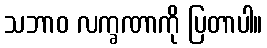
သဘာဝ လက္ခဏာကို ပြတာပါ။